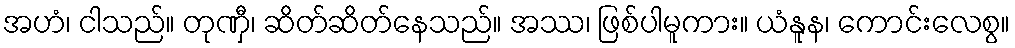
အဟံ၊ ငါသည်။ တုဏှီ၊ ဆိတ်ဆိတ်နေသည်။ အဿ၊ ဖြစ်ပါမူကား။ ယံနူန၊ ကောင်းလေစွ။